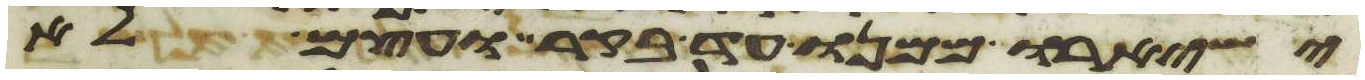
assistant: ישאירו ממנו עד בקר ועצם לא